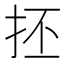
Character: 抷